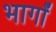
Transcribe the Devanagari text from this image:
भार्गों